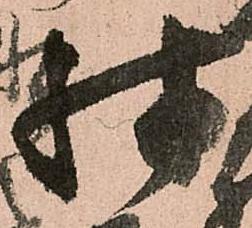
殊